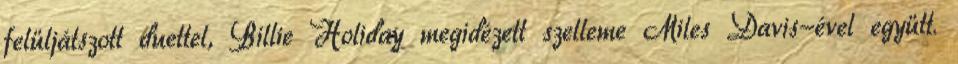
felüljátszott duettel, Billie Holiday megidézett szelleme Miles Davis-ével együtt.